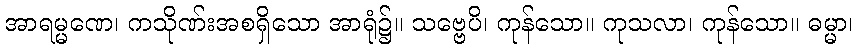
အာရမ္မဏေ၊ ကသိုဏ်းအစရှိသော အာရုံ၌။ သဗ္ဗေပိ၊ ကုန်သော။ ကုသလာ၊ ကုန်သော။ ဓမ္မာ၊